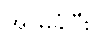
အာမခံပြီး